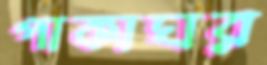
পাকাঘর